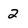
Character: 2